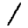
Digit: 1